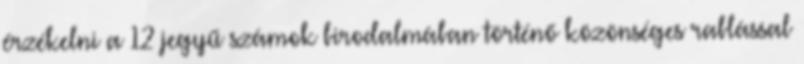
érzékelni a 12 jegyű számok birodalmában történő közönséges rablással